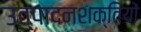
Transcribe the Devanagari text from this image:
उत्पादनशक्तियों